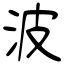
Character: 波